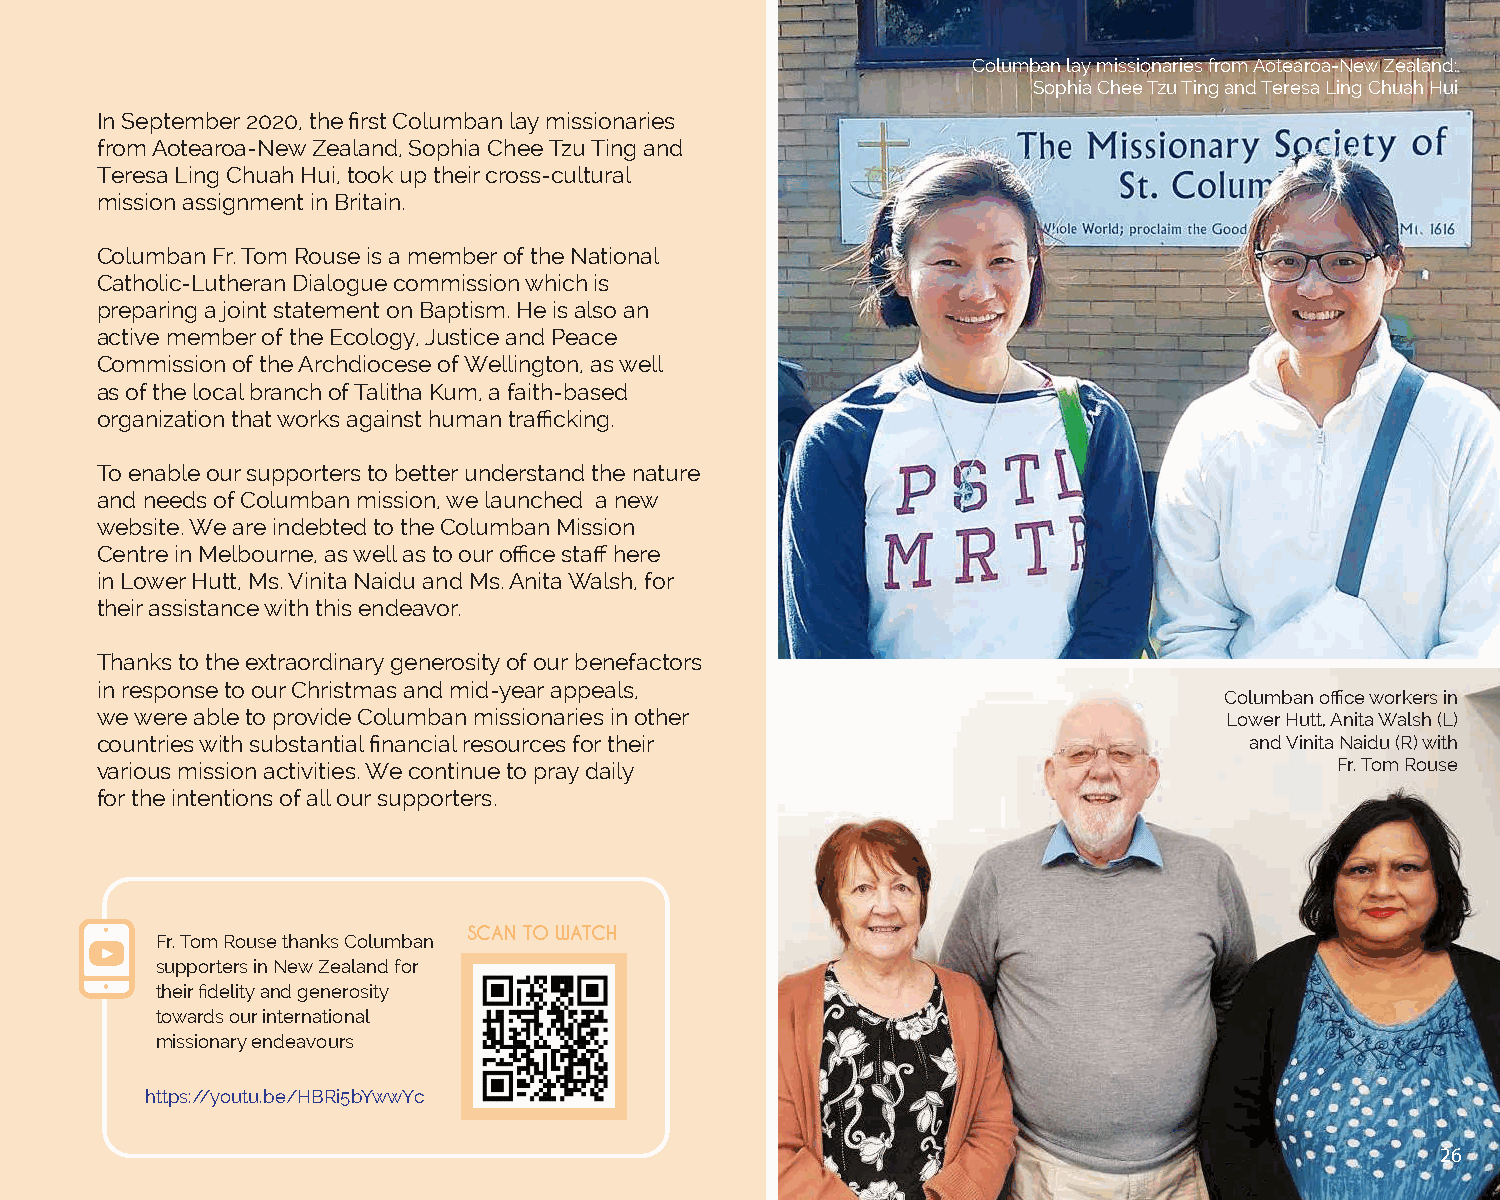
Columban lay missionaries from Aotearoa-New Zealand:
 Sophia Chee Tzu Ting and Teresa Ling Chuah Hui
 In September 2020, the first Columban lay missionaries
 from Aotearoa-New Zealand, Sophia Chee Tzu Ting and
 Teresa Ling Chuah Hui, took up their cross-cultural
 mission assignment in Britain.
 Columban Fr. Tom Rouse is a member of the National
 Catholic-Lutheran Dialogue commission which is
 preparing a joint statement on Baptism. He is also an
 active member of the Ecology, Justice and Peace
 Commission of the Archdiocese of Wellington, as well
 as of the local branch of Talitha Kum, a faith-based
 organization that works against human trafficking.
 To enable our supporters to better understand the nature
 and needs of Columban mission, we launched a new
 website. We are indebted to the Columban Mission
 Centre in Melbourne, as well as to our office staff here
 in Lower Hutt, Ms. Vinita Naidu and Ms. Anita Walsh, for
 their assistance with this endeavor.
 Thanks to the extraordinary generosity of our benefactors
 in response to our Christmas and mid-year appeals,
 Columban office workers in
 we were able to provide Columban missionaries in other                     Lower Hutt, Anita Walsh (L)
 countries with substantial financial resources for their                     and Vinita Naidu (R) with
 various mission activities. We continue to pray daily                              Fr. Tom Rouse
 for the intentions of all our supporters.
 SCAN TO WATCH
 Fr. Tom Rouse thanks Columban
 supporters in New Zealand for
 their fidelity and generosity
 towards our international
 missionary endeavours
 https://youtu.be/HBRi5bYwwYc
 26